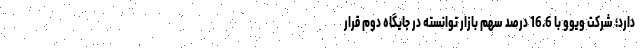
دارد؛ شرکت ویوو با 16.6 درصد سهم بازار توانسته در جایگاه دوم قرار